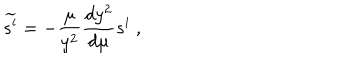
\widetilde { s ^ { i } } = - { \frac { \mu } { y ^ { 2 } } } { \frac { d y ^ { 2 } } { d \mu } } s ^ { i } \ ,